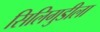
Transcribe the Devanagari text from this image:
सिलिगुडीला